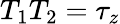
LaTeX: T_{1}T_{2}=\tau_{z}